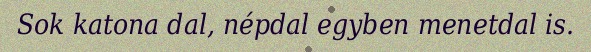
Sok katona dal, népdal egyben menetdal is.